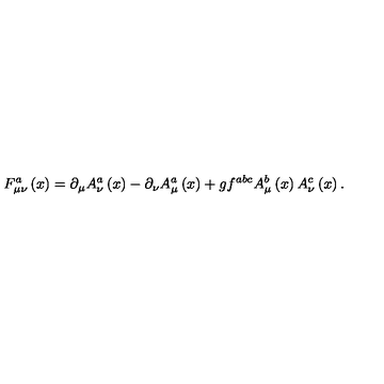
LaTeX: F _ { \mu \nu } ^ { a } \left( x \right) = \partial _ { \mu } A _ { \nu } ^ { a } \left( x \right) - \partial _ { \nu } A _ { \mu } ^ { a } \left( x \right) + g f ^ { a b c } A _ { \mu } ^ { b } \left( x \right) A _ { \nu } ^ { c } \left( x \right) .